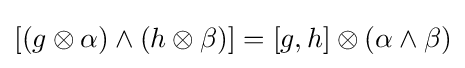
[(g\otimes \alpha )\wedge (h\otimes \beta )]=[g,h]\otimes (\alpha \wedge \beta )